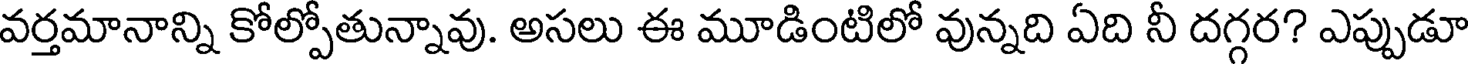
వర్తమానాన్ని కోల్పోతున్నావు. అసలు ఈ మూడింటిలో వున్నది ఏది నీ దగ్గర? ఎప్పుడూ